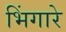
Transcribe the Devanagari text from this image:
भिंगारे